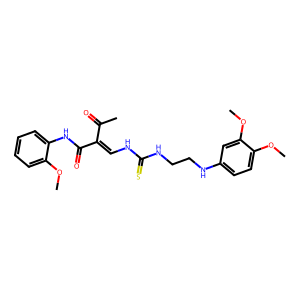
SMILES: COc1ccccc1NC(=O)C(=CNC(=S)NCCNc1ccc(OC)c(OC)c1)C(C)=O
Inhibits HIV replication: No